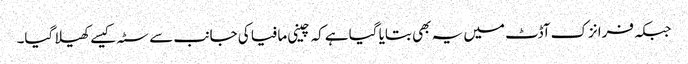
جبکہ فرانزک آڈٹ میں یہ بھی بتایا گیا ہےکہ چینی مافیا کی جانب سے سٹہ کیسےکھیلا گیا۔